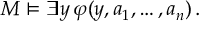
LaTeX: M \models \exists y \, \varphi ( y , a _ { 1 } , \dots , a _ { n } ) \, .